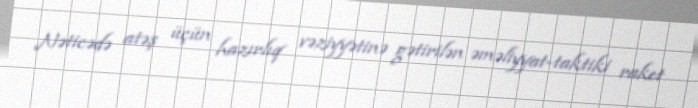
Nəticədə atəş üçün hazırlıq vəziyyətinə gətirilən əməliyyat-taktiki raket